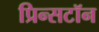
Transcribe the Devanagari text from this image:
प्रिन्सटॉन